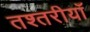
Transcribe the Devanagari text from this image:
तश्तरीयाँ